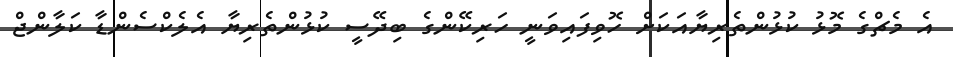
އެ މެޗްގެ މޮޅު ކުޅުންތެރިޔާއަކަށް ހޮވިފައިވަނީ ހަރިކޭންގެ ބިދޭސީ ކުޅުންތެރިޔާ އެލެކްސެންޑާ ކަލާންޖް